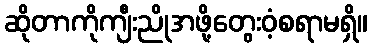
ဆိုတာကိုကျီးညိုအဖို့တွေးဝံ့စရာမရှိ။